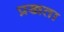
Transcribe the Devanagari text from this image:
प्रखता